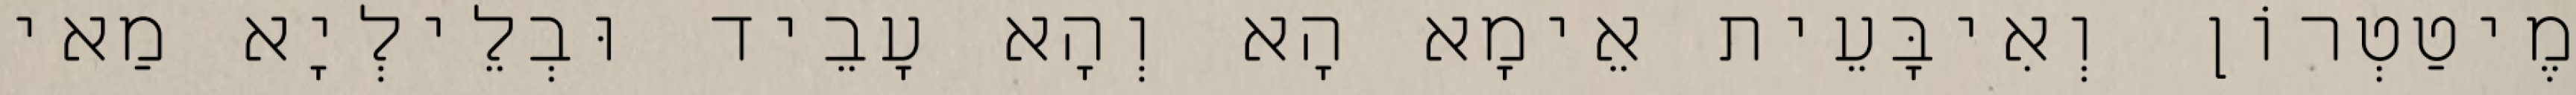
מֶיטַטְרוֹן וְאִיבָּעֵית אֵימָא הָא וְהָא עָבֵיד וּבְלֵילְיָא מַאי